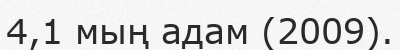
4,1 мың адам (2009).